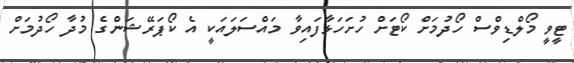
ޓީވީ މޯލްޑިވްސް ހޯދުމަށް ކޯޓަށް ހުށަހަޅާފައިވާ މައްސަލައަކީ އެ ކޯޕަރޭޝަންގެ މުދާ ހޯދުމަށް